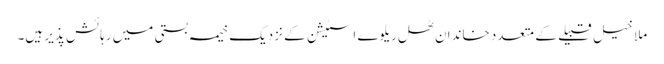
ملا خیل قبیلے کے متعدد خاندان ٹھل ریلوے اسٹیشن کے نزدیک خیمہ بستی میں رہائش پذیر ہیں۔